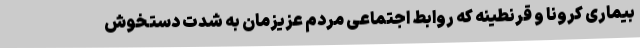
بیماری کرونا و قرنطینه که روابط اجتماعی مردم عزیزمان به شدت دستخوش